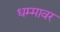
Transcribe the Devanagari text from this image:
धम्मावर